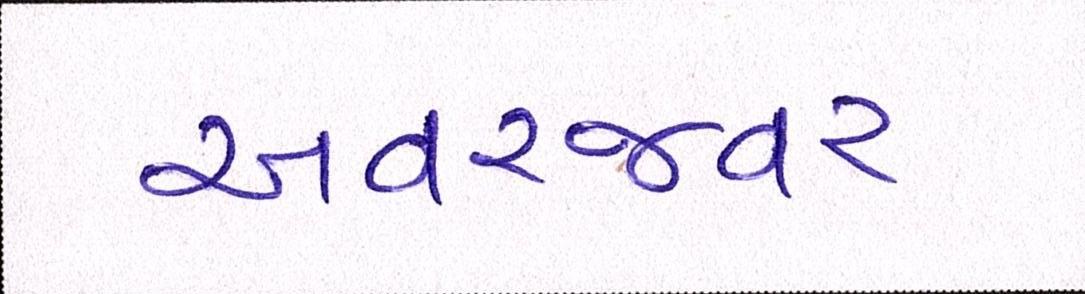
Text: અવરજવર